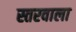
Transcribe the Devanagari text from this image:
स्तरवाला